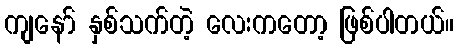
ကျနော် နှစ်သက်တဲ့ လေးကတော့ ဖြစ်ပါတယ်။